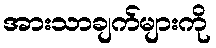
အားသာချက်များကို